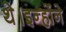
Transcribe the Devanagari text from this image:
थे।इन्होंने